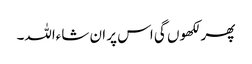
پھر لکھوں گی اس پر ان شاءاللہ۔